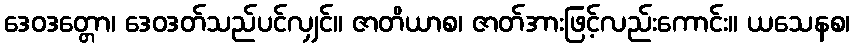
ဒေဝဒတ္တော၊ ဒေဝဒတ်သည်ပင်လျှင်။ ဇာတိယာစ၊ ဇာတ်အားဖြင့်လည်းကောင်း။ ယသေနစ၊